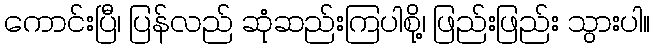
ကောင်းပြီ၊ ပြန်လည် ဆုံဆည်းကြပါစို့၊ ဖြည်းဖြည်း သွားပါ။